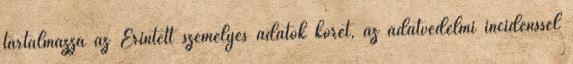
tartalmazza az Érintett személyes adatok körét, az adatvédelmi incidenssel